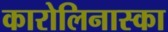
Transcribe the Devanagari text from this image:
कारोलिनास्का